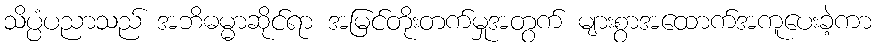
သိပ္ပံပညာသည် အဘိဓမ္မာဆိုင်ရာ အမြင်တိုးတက်မှုအတွက် များစွာအထောက်အကူပေးခဲ့ကာ